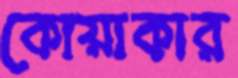
কোয়াকার